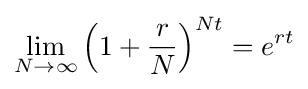
\lim _{N\to \infty }\left(1+{\frac {r}{N}}\right)^{Nt}=e^{rt}